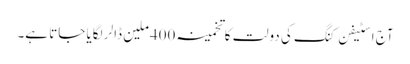
آج اسٹیفن کنگ کی دولت کا تخمینہ 400ملین ڈالر لگایا جاتا ہے۔